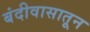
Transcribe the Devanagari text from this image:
बंदीवासातून